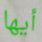
أيها